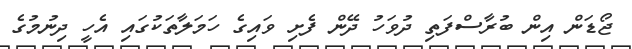
ޖޯޑަން އިން ބުރާސްފަތި ދުވަހު ދޭން ފެށި ވައިގެ ހަމަލާތަކުގައި އެހީ ދިނުމުގެ